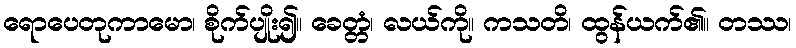
ရောပေတုကာမော၊ စိုက်ပျိုး၍။ ခေတ္တံ၊ လယ်ကို။ ကသတိ၊ ထွန်ယက်၏။ တဿ၊